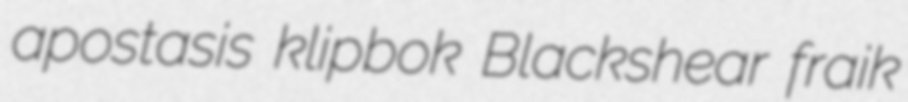
apostasis klipbok Blackshear fraik